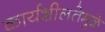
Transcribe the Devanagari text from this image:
कार्यशीलतेमुळे